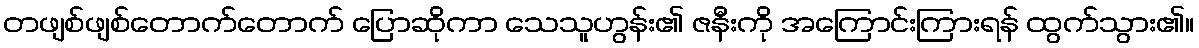
တဖျစ်ဖျစ်တောက်တောက် ပြောဆိုကာ သေသူဟွန်း၏ ဇနီးကို အကြောင်းကြားရန် ထွက်သွား၏။